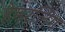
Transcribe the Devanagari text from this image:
हेमरलिंग